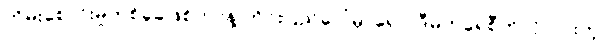
တိမ်းစောင်းမှုတစ်ခုခုဖြစ်တာနဲ့ တိုင်းပြည်ပေါ်မှာရော၊ ဒီမိုကရေစီကိုလိုလားတဲ့